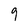
Character: 9